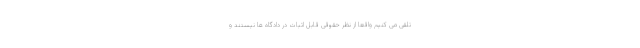
تلقی می کنیم واقعاً از نظر حقوقی قابل اثبات در دادگاه ها نیستند و